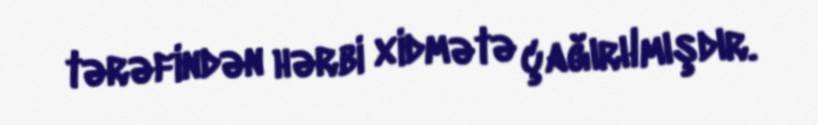
tərəfindən hərbi xidmətə çağırılmışdır.